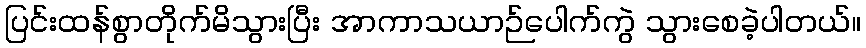
ပြင်းထန်စွာတိုက်မိသွားပြီး အာကာသယာဉ်ပေါက်ကွဲ သွားစေခဲ့ပါတယ်။